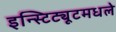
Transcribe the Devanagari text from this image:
इन्स्टिट्यूटमधले